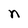
Character: n